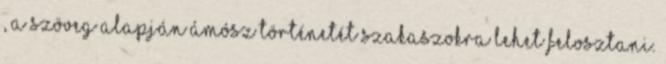
, A szöveg alapján Ámósz történetét szakaszokra lehet felosztani.